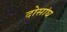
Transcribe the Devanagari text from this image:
दोसांघ